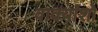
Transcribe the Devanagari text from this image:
वाक्यांशो